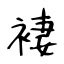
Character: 褄